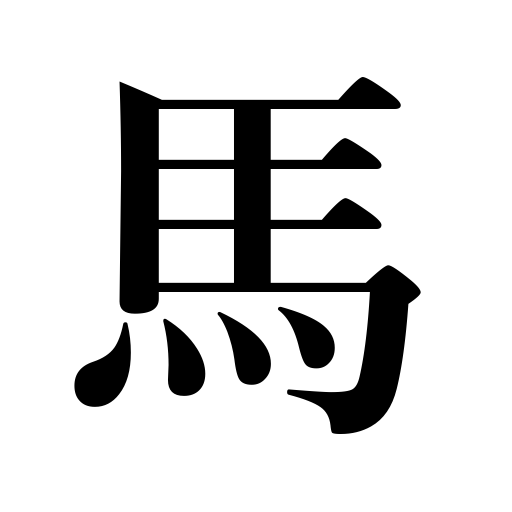
Meanings: horse,horseflesh